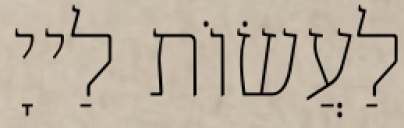
לַעֲשׂוֹת לַייָ